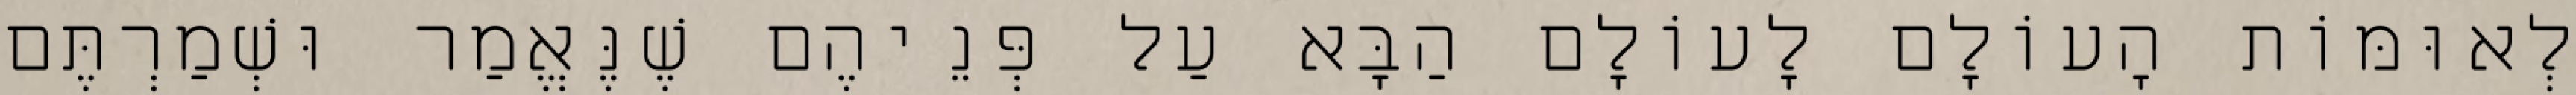
לְאוּמּוֹת הָעוֹלָם לָעוֹלָם הַבָּא עַל פְּנֵיהֶם שֶׁנֶּאֱמַר וּשְׁמַרְתֶּם